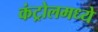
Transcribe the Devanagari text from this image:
कंट्रोलमध्ये